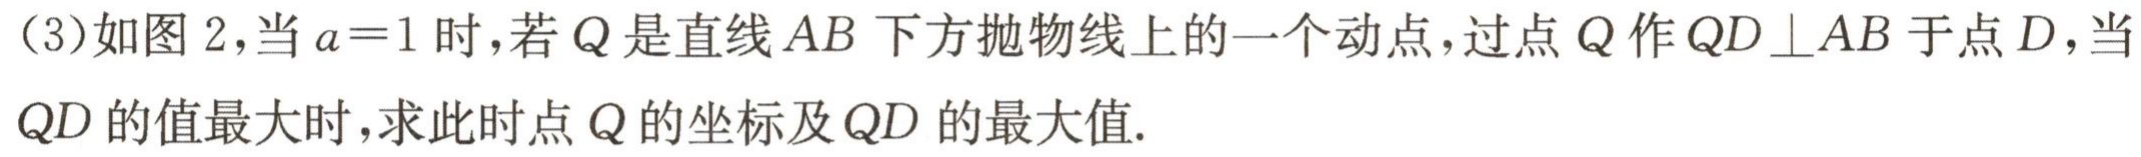
(3)如图2,当\(a = 1\)时,若\(Q\)是直线\(AB\)下方抛物线上的一个动点,过点\(Q\)作\(QD\perp AB\)于点\(D\),当\(QD\)的值最大时,求此时点\(Q\)的坐标及\(QD\)的最大值.